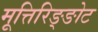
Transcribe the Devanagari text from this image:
मूत्तिरिङ्ङोट